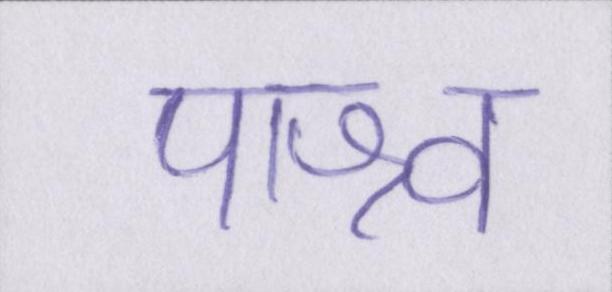
पाश्र्व